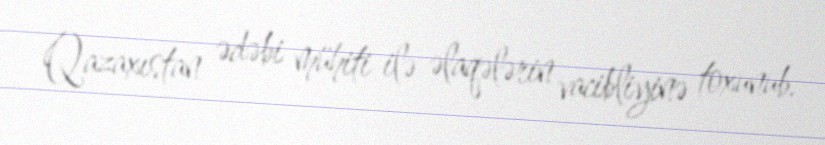
Qazaxıstan ədəbi mühiti ilə əlaqələrin vacibliyinə toxunub.